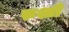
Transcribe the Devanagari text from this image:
रुश्ती